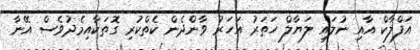
އަފްލާކް އާއި ނުލައި ލަޔާލް ހަތަރު އަހަރު ވާންދެން ކެތްކުރި ގޮތަކާއިމެދުވެސް އޭނާ